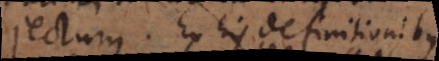
subjectum. Ex his definitionibus